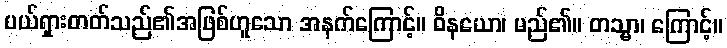
ပယ်ရှားတတ်သည်၏အဖြစ်ဟူသော အနက်ကြောင့်။ ဝိနယော၊ မည်၏။ တသ္မာ၊ ကြောင့်။